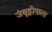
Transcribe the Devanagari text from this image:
जंबूद्वीपाला